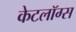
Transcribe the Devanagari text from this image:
केटलॉग्स